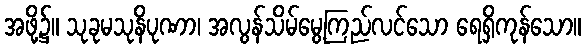
အဖို့၌။ သုခုမသုနိပုဏာ၊ အလွန်သိမ်မွေ့ကြည်လင်သော ရေရှိကုန်သော။